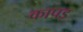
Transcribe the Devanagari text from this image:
कापड़